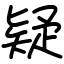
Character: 疑